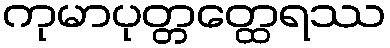
ကုမာပုတ္တတ္ထေရဿ